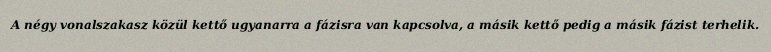
A négy vonalszakasz közül kettő ugyanarra a fázisra van kapcsolva, a másik kettő pedig a másik fázist terhelik.